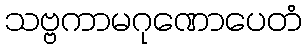
သဗ္ဗကာမဂုဏောပေတံ